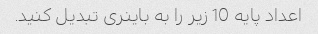
اعداد پایه 10 زیر را به باینری تبدیل کنید.